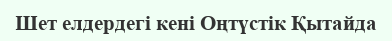
Шет елдердегі кені Оңтүстік Қытайда